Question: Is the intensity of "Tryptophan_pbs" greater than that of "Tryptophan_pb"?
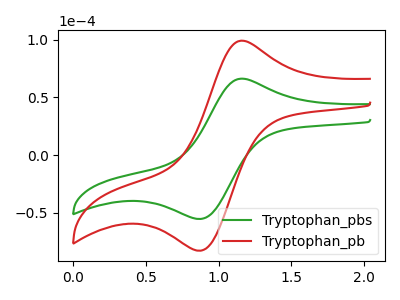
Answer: <think>The green curve "Tryptophan_pbs" has an anodic peak at (1.15V, 66.30uA) and a cathodic peak at (0.90V, -55.40uA). The red curve "Tryptophan_pb" has an anodic peak at (1.15V, 99.25uA) and a cathodic peak at (0.90V, -82.90uA).
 All the peaks in "Tryptophan_pbs" have a peak in "Tryptophan_pb" at the same potential. Every peak in "Tryptophan_pbs" is lower than every peak in "Tryptophan_pb".</think>
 <answer>"Tryptophan_pbs" has less signal than "Tryptophan_pb".</answer>
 <eval>less_signal</eval>